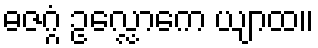
ဓဇဂ္ဂံ ဥလ္လောကေ ယျာထ။